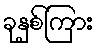
ခုနှစ်ကြား